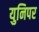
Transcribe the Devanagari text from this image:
युनिपर